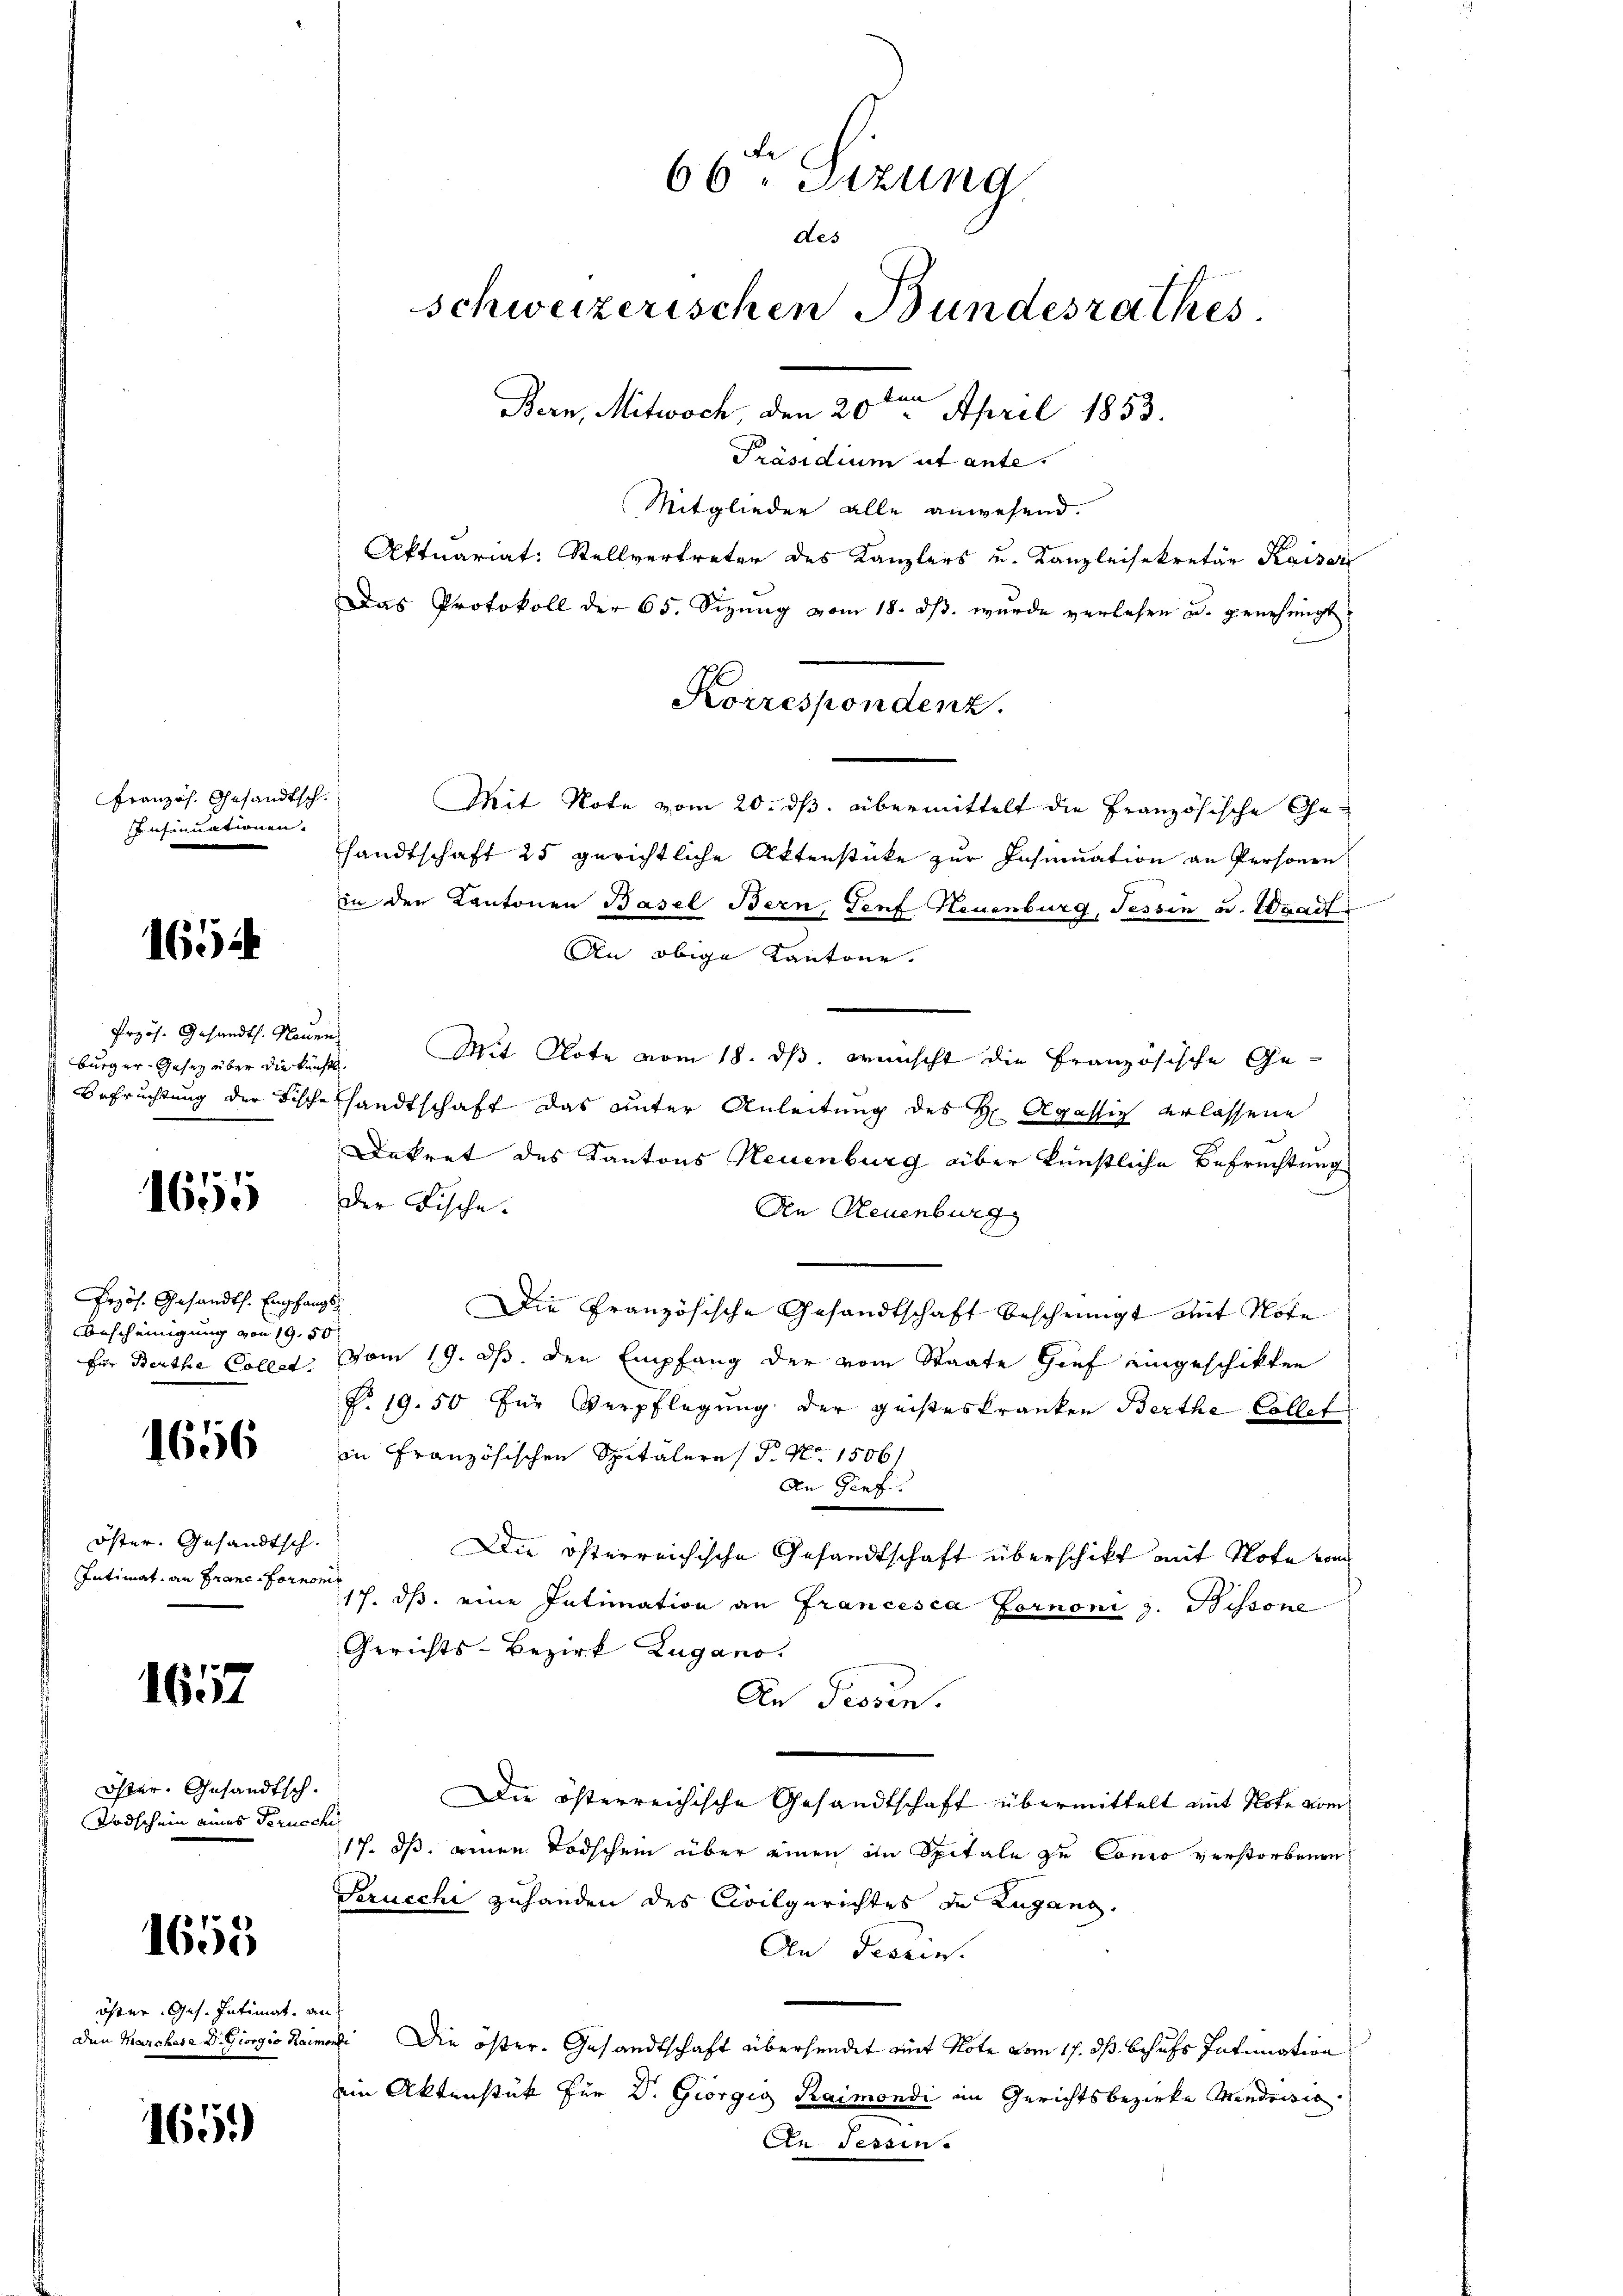
Französ. Gesandtsch.
nsinuationen

1654

Przös. Gesandts. Neuen
Burger-Gesetz über die künfte.

1655

Przös. Gesandts. Empfangs¬
Bescheinigung von 19. 50
für Berthe Collet.

1656

öster. Gesandtsch.
Intimat, an Frane-Forno

1657

Oster, Gesandtsch.
Todschein eines Geruc

1653

öfter Ges. Intimat
Den Marchere Dr. Giorgio Kais

165.

66. Sizung
des
schweizerischen Bundesrathes.
Bern, Mitwoch den 20te͇n April 1853.

Präsidium ut ante.
Mitglieder alle anwesend.
Aktuariat: Stellvertreter des Kanzlers u. Kanzleisekretär Kaiser
Das Protokoll der 65. Sizŭng vom 18. dβ. wurde verlesen u. genehmigt,
Mit Note vom 20. ds. übermittelt die Französische Gesandtschaft 25 gerichtliche Aktenstücke zur Insinuation an Personen
in der Kantonen Basel Bern, Genf Neuenburg, Tessin u. Waadt
An obige Kantone.
Mit Note vom 18. ds. wünscht die Französische Ge¬
Befruchtung der Tische handtschaft das unter Anleitung des H. Agassich erlassene
Dekret des Kantons Neuenburg aber künstliche Befrechtung
Der Fische.
Aen Neuenburg
Die Französische Gesandtschaft bescheinigt mit Note
vom 19. ds. den Empfang der vom Staate Gief eingeschikten
P. 19. 50 für Verpflegung der geisteskranken Berthe Collet
in Französischen Spitäleres P. Nr. 1506/
An Gief.
Die österreichische Gesandtschaft überschikt mit Note vom
f
17. ds. eine Intimation an Francesca Fornoni z. Bissone
Gerichts-Bezirk Lugano.
An Tessen.
Die österreichische Gesandtschaft übermittelt mit Note vom
l
17. ds. einen Todschein über einen im Spitale zu Conco verstorbenen
Serucchi zuhanden des Civilgerichtes de Zugang.
An Tessin.
aga Fr
nach Die öster. Gesandtschaft übersendet mit Note vom 17. ds. behufs Intimation
ein Aktenstück für Dr. Giorgig Raimondi im Gerichtsbezirke Mendrisie
An Tessin.

Korrespondenz.